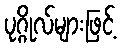
ပုဂ္ဂိုလ်များဖြင့်